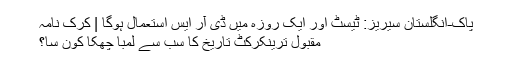
پاک-انگلستان سیریز: ٹیسٹ اور ایک روزہ میں ڈی آر ایس استعمال ہوگا | کرک نامہ
مقبول ترینکرکٹ تاریخ کا سب سے لمبا چھکا کون سا؟